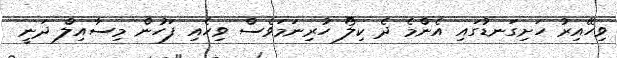
ވިހޭއިރު ހަށިގަނޑުގައި އެންމެ ދެ ކިލޯ ހުރިނަމަވެސް ވިހެއި ފަހުން މިސާއިލް ދަނީ